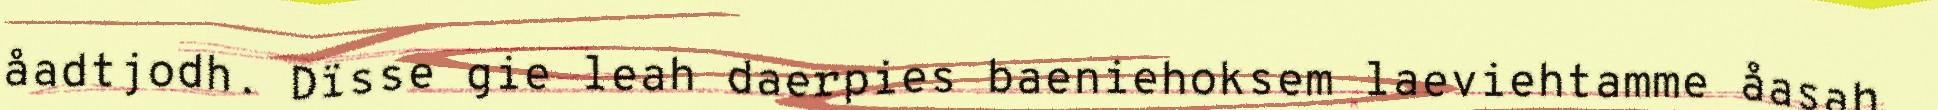
åadtjodh. Dïsse gie leah daerpies baeniehoksem laeviehtamme åasah